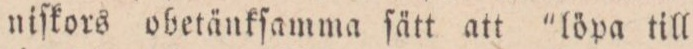
niſkors obetänkſamma ſätt att ”löpa till